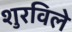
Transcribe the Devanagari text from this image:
शुरविले